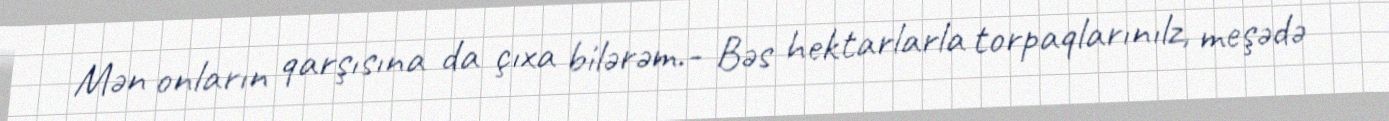
Mən onların qarşısına da çıxa bilərəm.- Bəs hektarlarla torpaqlarınılz, meşədə